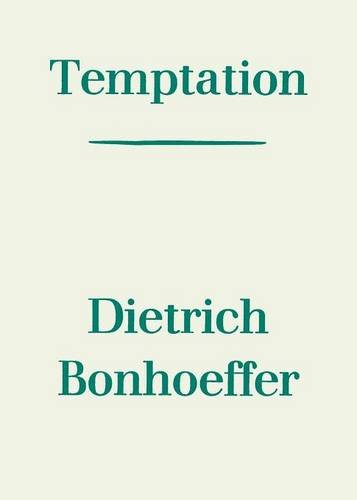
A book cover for Temptation; Dietrich Bonhoeffer; Christian Books & Bibles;